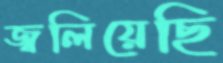
জ্বলিয়েছি